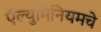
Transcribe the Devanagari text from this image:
ऍल्युमिनियमचे